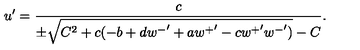
u ^ { \prime } = \frac { c } { \pm \sqrt { C ^ { 2 } + c ( - b + d { w ^ { - } } ^ { \prime } + a { w ^ { + } } ^ { \prime } - c { w ^ { + } } ^ { \prime } { w ^ { - } } ^ { \prime } ) } - C } .